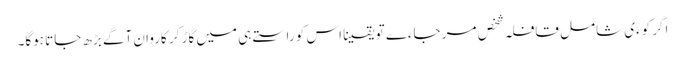
اگر کوءی شامل قافلہ شخص مر جاءے تو یقینا اس کو راستے ہی میں گاڑ کر کاروان آگے بڑھ جاتا ہوگا۔